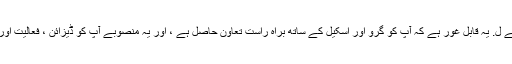
جاؤ اور چیک کریں WordPress پرو پیج کیا شامل ہے اسے دیکھنے کے ل. یہ قابل غور ہے کہ آپ کو گرو اور اسکیل کے ساتھ براہ راست تعاون حاصل ہے ، اور یہ منصوبے آپ کو ڈیزائن ، فعالیت اور حقیقی سوالات سے عمومی سوالات کی مدد سے بھی مدد فراہم کرتے ہیں۔